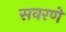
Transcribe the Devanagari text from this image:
सवरणे